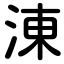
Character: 涷